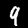
Label: 9